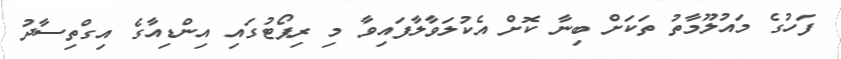
ފަހުގެ މައުލޫމާތު ތަކަށް ބިނާ ކޮށް އެކުލަވާލާފައިވާ މި ރިޕޯޓުގައި އިންޑިއާގެ އިގްތިސާދު